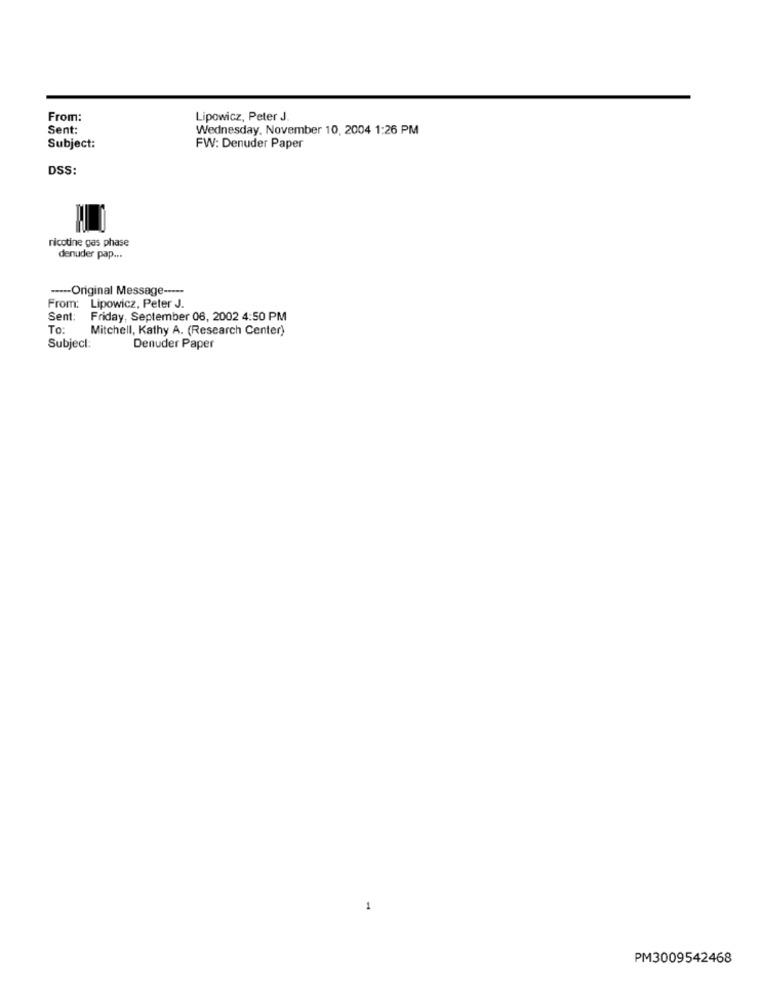
From:
Lipowicz, Peter J
Sent:
Wednesday, November 10, 2004 1:26 PM
Subject:
FW: Denuder Paper
DSS:
nicotine gas phase
denuder pap ...
---- Original Message -----
From: Lipowicz, Peter J.
Sent:
Friday, September 06, 2002 4:50 PM
To:
Mitchell, Kathy A. (Research Center)
Subject:
Denuder Paper
1
PM3009542468